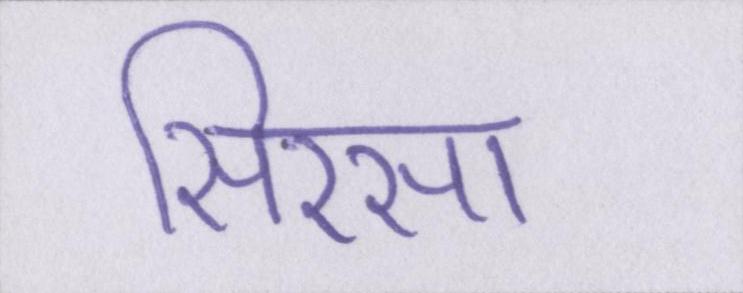
सिरसा